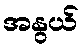
အနွယ်